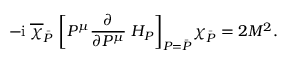
- \mathrm { i } \; \overline { { \chi } } _ { \bar { P } } \; \bigg [ P ^ { \mu } \frac { \partial } { \partial P ^ { \mu } } \; H _ { P } \bigg ] _ { P = \bar { P } } \chi _ { \bar { P } } = 2 M ^ { 2 } .